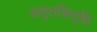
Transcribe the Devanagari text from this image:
अमृतसिद्धि